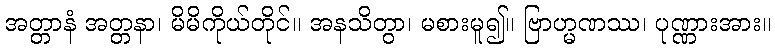
အတ္တာနံ အတ္တနာ၊ မိမိကိုယ်တိုင်။ အနသိတွာ၊ မစားမူ၍။ ဗြာဟ္မဏဿ၊ ပုဏ္ဏားအား။